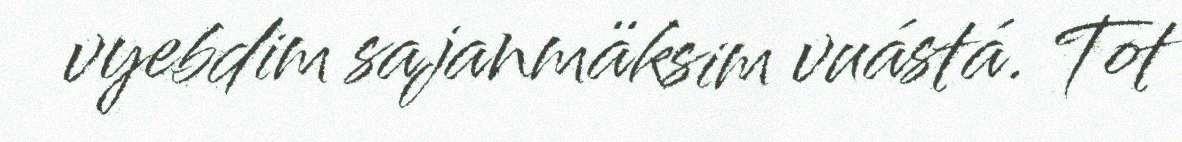
vyebdim sajanmäksim vuástá. Tot